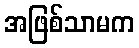
အဖြစ်သာမက